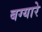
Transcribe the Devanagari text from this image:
बग्यारे